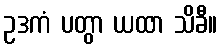
ဥဒကံ ပတွာ ယထာ သိခီ။